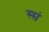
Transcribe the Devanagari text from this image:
स्सं